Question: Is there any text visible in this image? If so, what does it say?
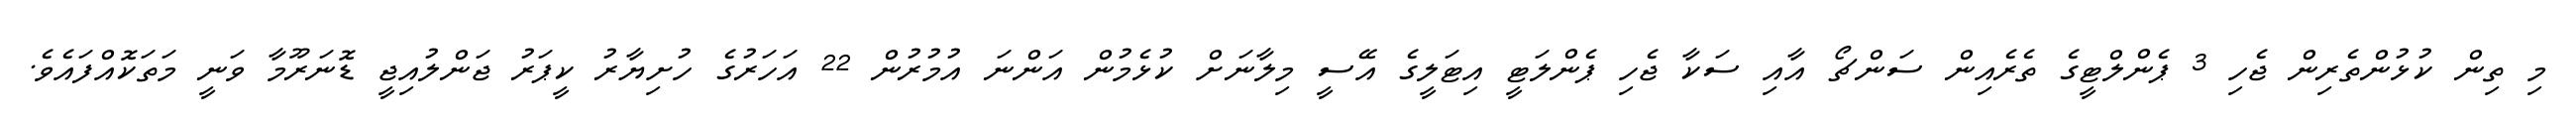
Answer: މި ތިން ކުޅުންތެރިން ޖެހި 3 ޕެންލްޓީގެ ތެރެއިން ސަންޗޯ އާއި ސަކާ ޖެހި ޕެންލަޓީ އިޓަލީގެ އޭސީ މިލާނަށް ކުޅެމުން އަންނަ އުމުރުން 22 އަހަރުގެ ހުށިޔާރު ކީޕަރު ޖަންލުއިޖީ ޑޮނަރޫމާ ވަނީ މަތަކޮއްފައެވެ.